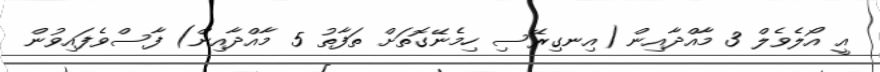
އީ އޯލެވެލް 3 މާއްދާއިން (އިނގިރޭސި ހިމެނޭގޮތަށް ތަފާތު 5 މާއްދާއިން) ފާސްވެފައިވުން